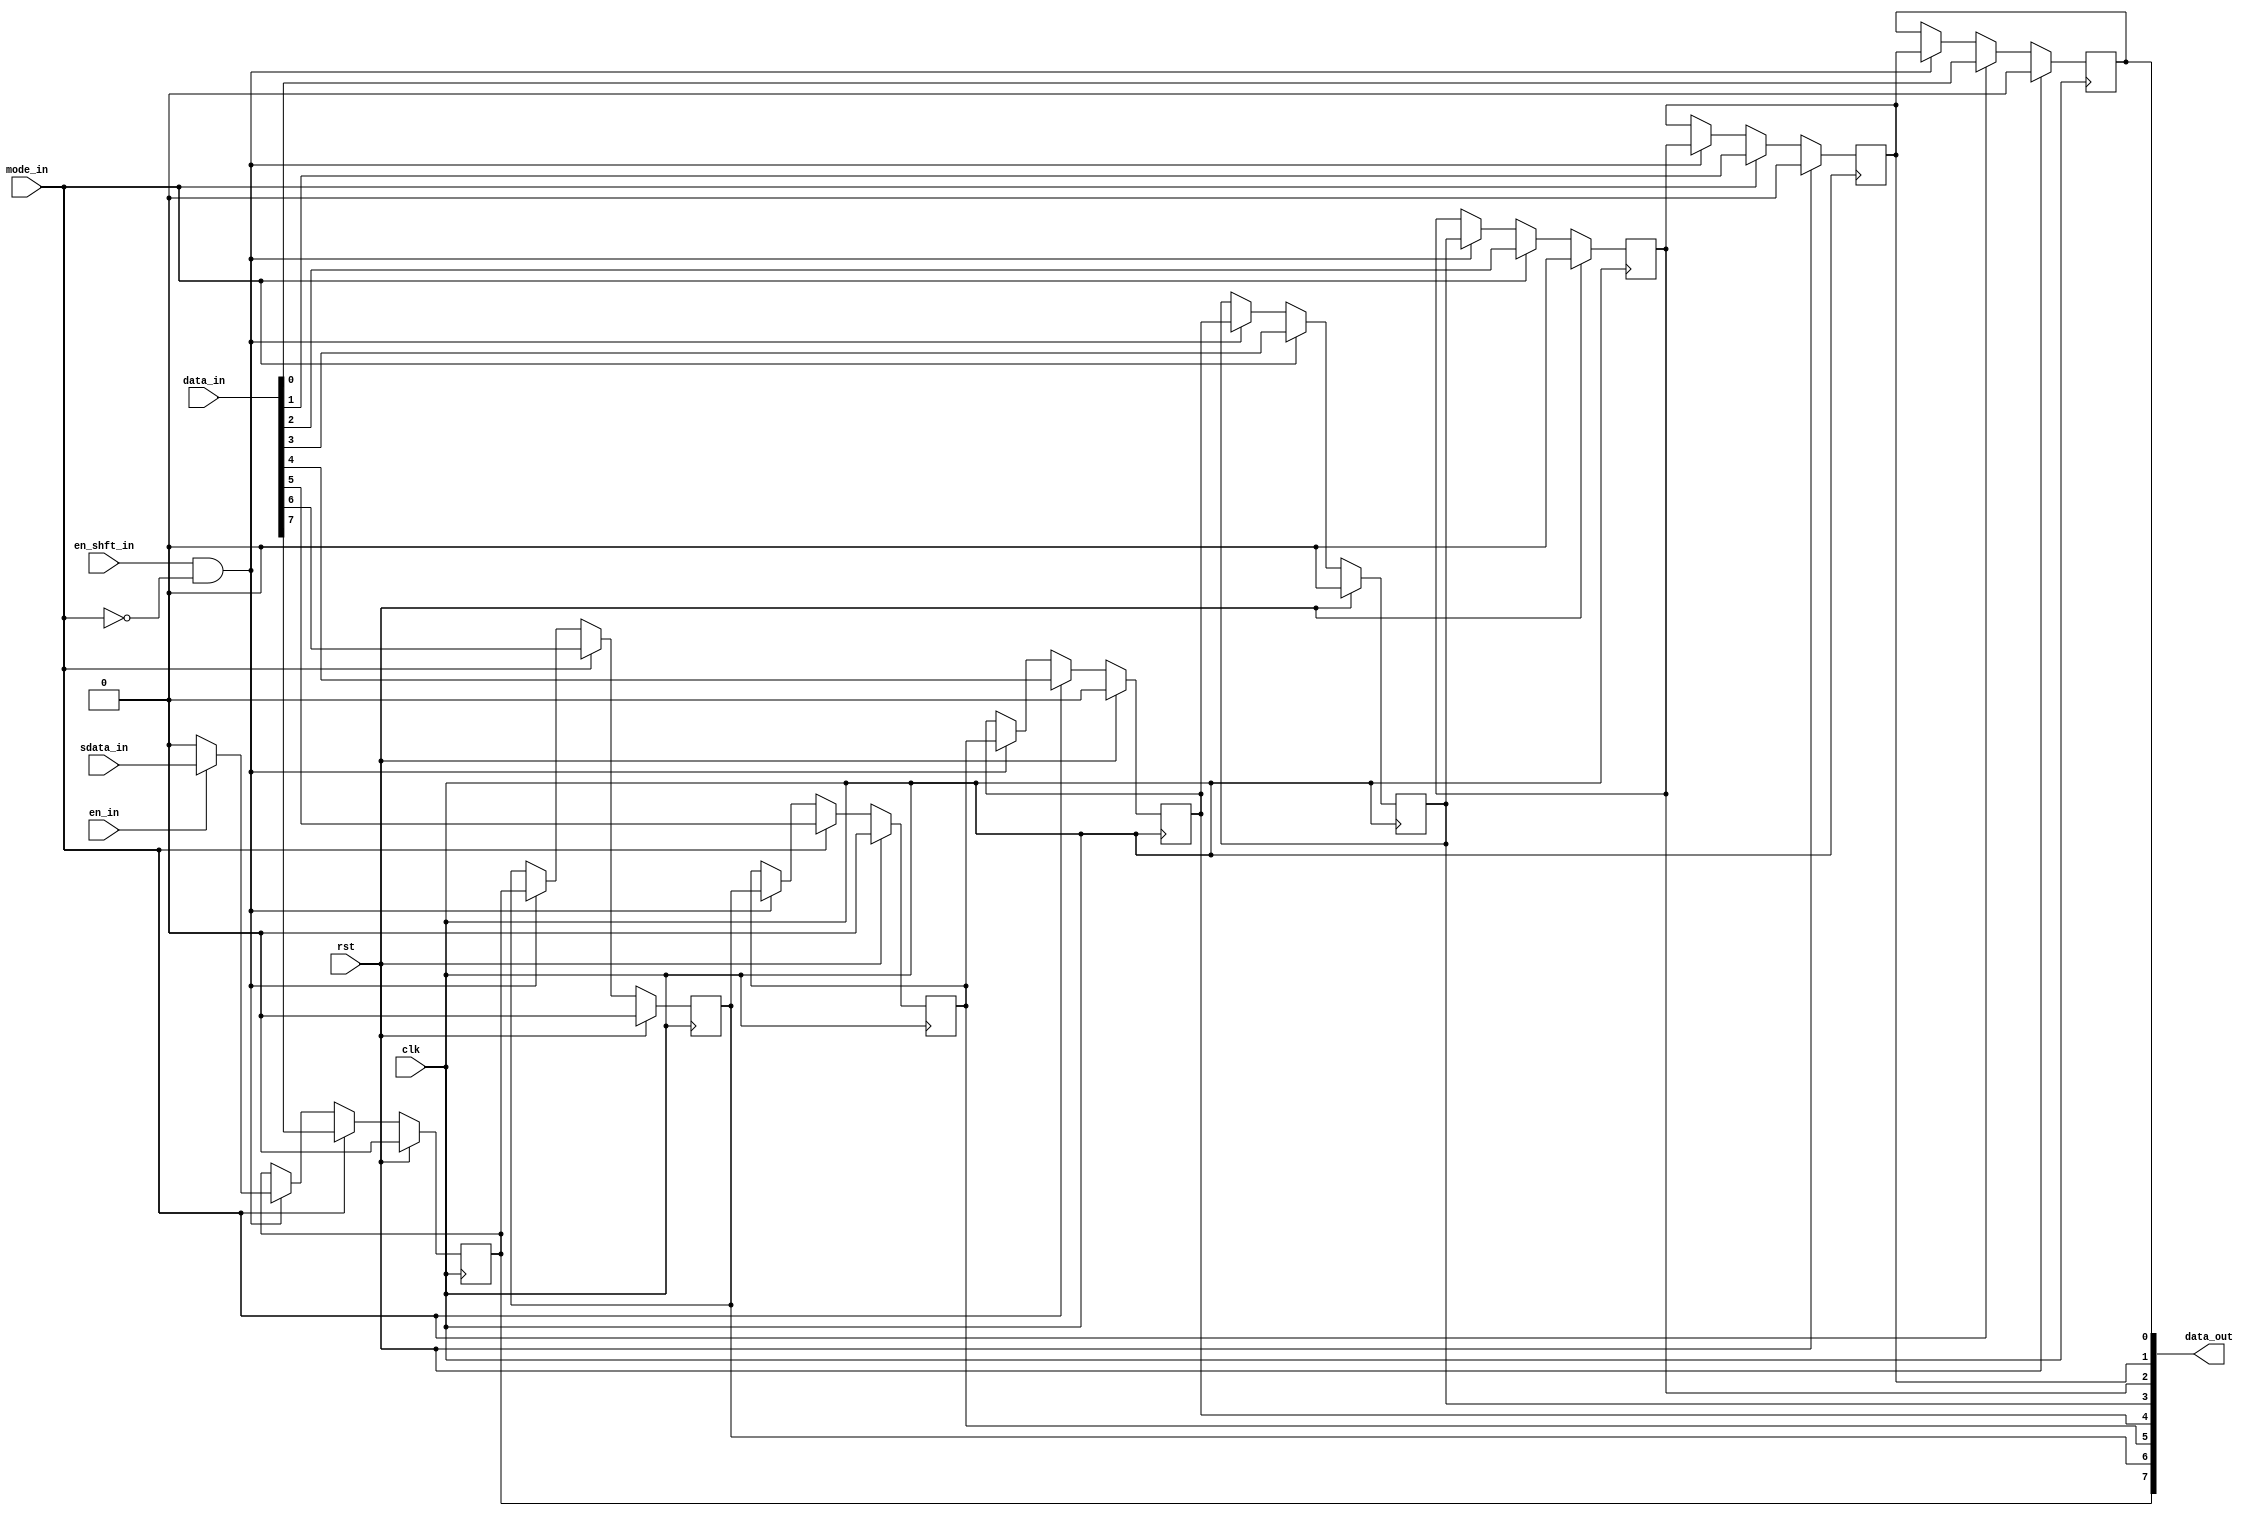
module shift_reg #(
  parameter SIZE = 8,
  parameter DATA_W = 8
)(
  input wire clk, rst,
  input wire sdata_in  , // Serial data

  input wire en_in     , // Enable write
  input wire en_shft_in, // Enable shift
  input wire mode_in   , // Serial or parallel input

  input  wire[DATA_W-1:0] data_in, // parallel data in
  output wire[SIZE-1:0]   data_out // parallel data out
);

reg[SIZE-1:0] register;

generate
  genvar i;

  for (i = 0; i < SIZE; i = i + 1) begin
    if (i == 0) begin
      always @(posedge clk) begin
        if (rst) begin
          register[SIZE - 1] <= 0;
        end else if (mode_in) begin
          register[SIZE - 1] <= (i < DATA_W) ? data_in[DATA_W - 1] : 1'b0;
        end else if (en_shft_in & ~mode_in) begin
          register[SIZE - 1] <= en_in ? sdata_in : 1'b0;
        end
      end
    end else begin
      always @(posedge clk) begin
        if (rst) begin
          register[SIZE - i - 1] <= 0;
        end else if (mode_in) begin
          register[SIZE - i - 1] <= (i < DATA_W) ? data_in[DATA_W - i - 1] : 1'b0;
        end else if (en_shft_in & ~mode_in) begin
          register[SIZE - i - 1] <= register[SIZE - i];
        end
      end
    end
  end
endgenerate

assign data_out = register;
endmodule